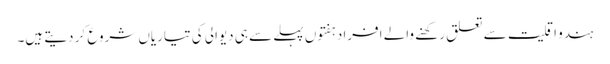
ہندو اقلیت سے تعلق رکھنے والے افراد ہفتوں پہلے سے ہی دیوالی کی تیاریاں شروع کر دیتے ہیں۔